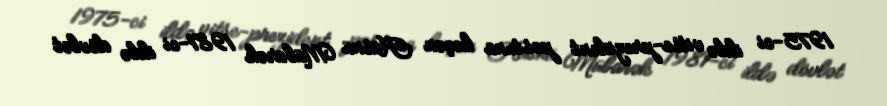
1975-ci ildə vitse-prezident postuna keçən Hüsnü Mübarək 1981-ci ildə dövlət